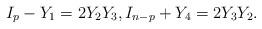
LaTeX: \begin{align*}I_p-Y_1=2 Y_2 Y_3, I_{n-p}+ Y_4= 2 Y_3 Y_2. \end{align*}